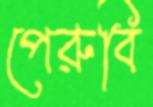
পেরুবি